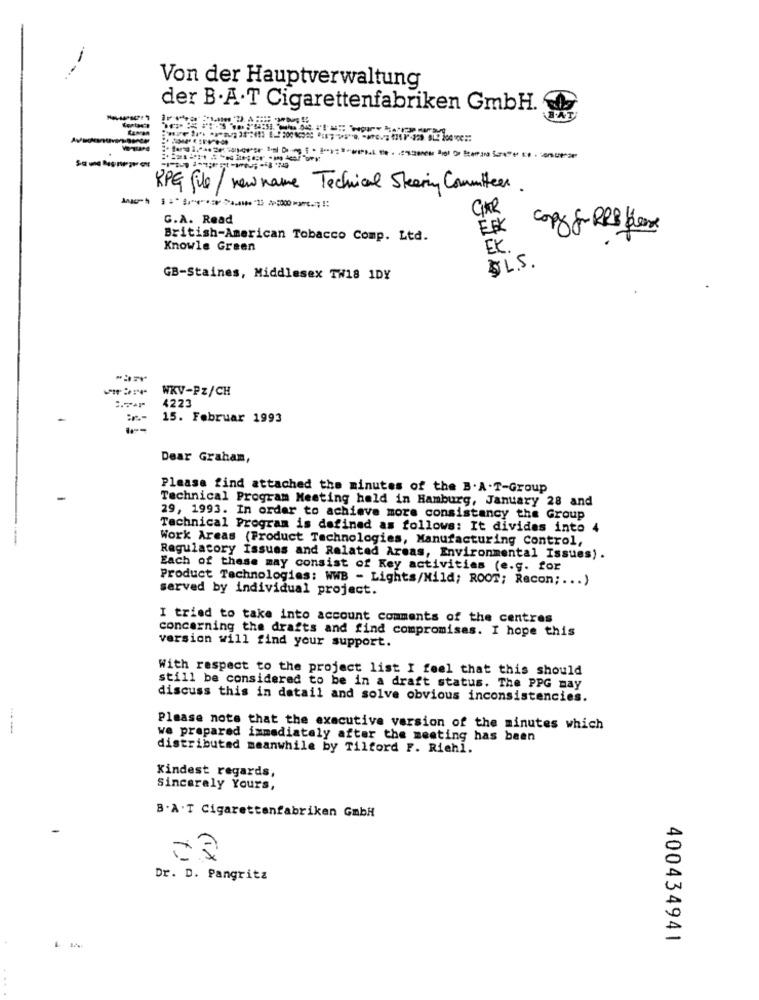
--
Von der Hauptverwaltung
der B.A.T Cigarettenfabriken GmbH.
RPG file / new name Technical Steering Committee
GAR
G.A. Read
EEK
British-American Tobacco Comp. Ltd.
Knowle Green
EK .
D.L.S.
GB-Staines, Middlesex TW18 1DY
WKV-PZ/CH
4223
15. Februar 1993
Dear Graham,
Please find attached the minutes of the B.A. T-Group
Technical Program Meeting held in Hamburg, January 28 and
29, 1993. In order to achieve more consistancy the Group
Technical Program is defined as follows: It divides into 4
Work Areas (Product Technologies, Manufacturing Control,
Regulatory Issues and Related Areas, Environmental Issues).
Each of these may consist of Key activities (e.g. for
Product Technologies: WWB - Lights/Mild; ROOT; Recon ;... )
served by individual project.
I tried to take into account comments of the centres
concerning the drafts and find compromises. I hope this
version will find your support.
With respect to the project list I feel that this should
still be considered to be in a draft status. The PPG may
discuss this in detail and solve obvious inconsistencies.
Please note that the executive version of the minutes which
we prepared immediately after the meeting has been
distributed meanwhile by Tilford F. Richi.
Kindest regards,
Sincerely Yours,
B. A . T Cigarettenfabriken GmbH
Dr. D. Pangrita
400434941